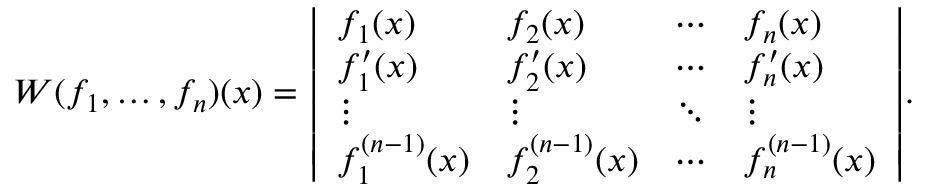
W ( f _ { 1 } , \ldots , f _ { n } ) ( x ) = { \left| \begin{array} { l l l l } { f _ { 1 } ( x ) } & { f _ { 2 } ( x ) } & { \cdots } & { f _ { n } ( x ) } \\ { f _ { 1 } ^ { \prime } ( x ) } & { f _ { 2 } ^ { \prime } ( x ) } & { \cdots } & { f _ { n } ^ { \prime } ( x ) } \\ { \vdots } & { \vdots } & { \ddots } & { \vdots } \\ { f _ { 1 } ^ { ( n - 1 ) } ( x ) } & { f _ { 2 } ^ { ( n - 1 ) } ( x ) } & { \cdots } & { f _ { n } ^ { ( n - 1 ) } ( x ) } \end{array} \right| } .